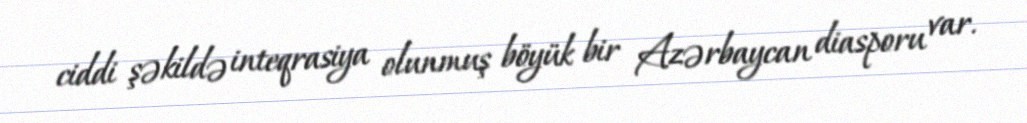
ciddi şəkildə inteqrasiya olunmuş böyük bir Azərbaycan diasporu var.